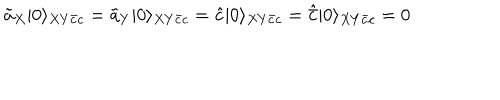
LaTeX: \tilde { a } _ { X } | 0 \rangle _ { X Y \bar { c } c } = \tilde { a } _ { Y } | 0 \rangle _ { X Y \bar { c } c } = \hat { c } | 0 \rangle _ { X Y \bar { c } c } = \hat { \bar { c } } | 0 \rangle _ { X Y \bar { c } c } = 0